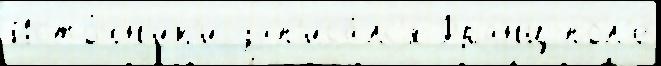
Исто́чн'ик'и зап'иса́лс'я Франц пол'е